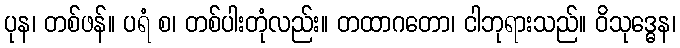
ပုန၊ တစ်ဖန်။ ပရံ စ၊ တစ်ပါးတုံလည်း။ တထာဂတော၊ ငါဘုရားသည်။ ဝိသုဒ္ဓေန၊